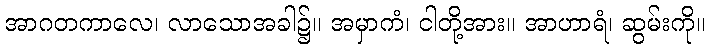
အာဂတကာလေ၊ လာသောအခါ၌။ အမှာကံ၊ ငါတို့အား။ အာဟာရံ၊ ဆွမ်းကို။